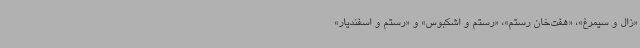
«زال و سیمرغ»، «هفت‌خان رستم»، «رستم و اشکبوس» و «رستم و اسفندیار»